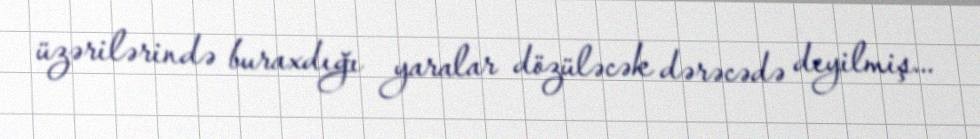
üzərilərində buraxdığı yaralar dözüləcək dərəcədə deyilmiş...